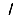
Digit: 1